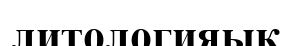
литологияық